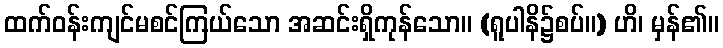
ထက်ဝန်းကျင်မစင်ကြယ်သော အဆင်းရှိကုန်သော။ (ရူပါနိ၌စပ်။) ဟိ၊ မှန်၏။